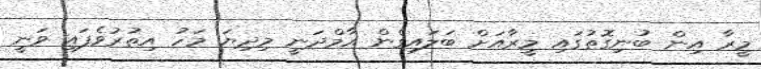
މީރާ އިން ބުނިގޮތުގައި މީރާއަށް ބަލައިގެން އާމްދަނީ މިދިޔަ މަހު އިތުރުވެފައި ވަނީ